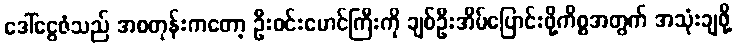
ဒေါ်ငွေဇံသည် အစတုန်းကတော့ ဦးဝင်းမောင်ကြီးကို ချစ်ဦးအိမ်ပြောင်းဖို့ကိစ္စအတွက် အသုံးချဖို့